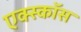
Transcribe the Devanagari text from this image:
एक्स्कॉस